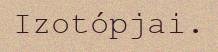
Izotópjai.